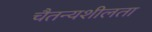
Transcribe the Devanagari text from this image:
चैतन्यशीलता